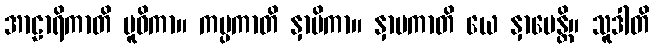
အာဠာရိကာတိ ပူဝိကာ။ ကပ္ပကာတိ နှာပိကာ။ နှာပကာတိ ယေ နှာပေန္တိ။ သူဒါတိ